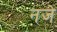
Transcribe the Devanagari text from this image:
नजे